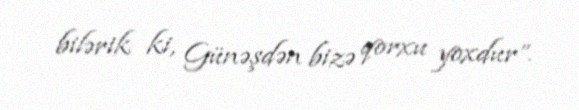
bilərik ki, Günəşdən bizə qorxu yoxdur”.